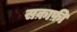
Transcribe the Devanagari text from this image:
सक़ाफ़ी